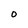
Character: O